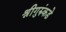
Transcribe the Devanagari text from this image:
श्रीगुरुंकडे